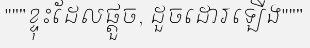
"""ខ្ទុះដែលផ្តួច, ដួចដោរឡើង"""